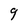
Character: 9